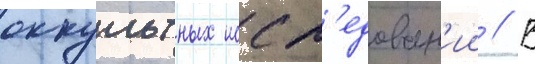
оккультных иссл'едован'ии // В